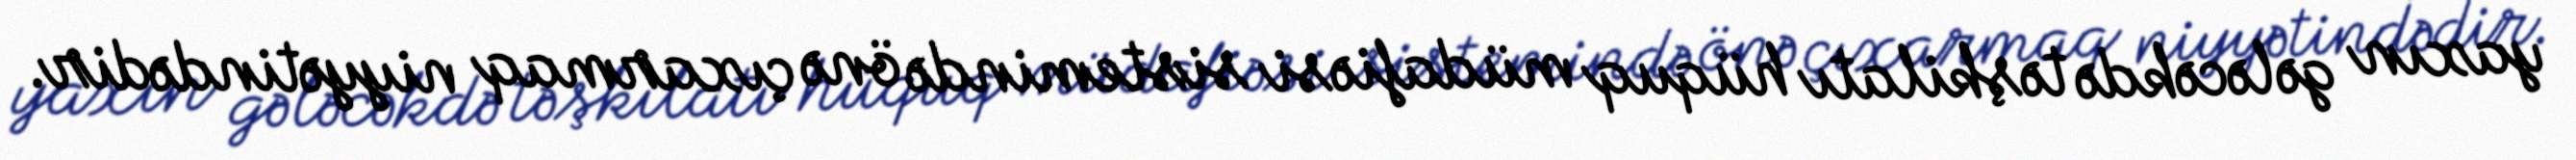
yaxın gələcəkdə təşkilatı hüquq müdafiəsi sistemində önə çıxarmaq niyyətindədir.